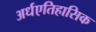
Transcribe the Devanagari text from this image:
अर्धएतिहासिक